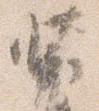
装